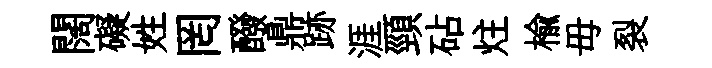
闊礙姓罔醱鼎跡涯頸砧炷榆毋裂